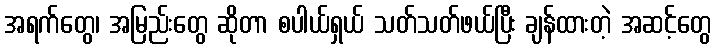
အရက်တွေ၊ အမြည်းတွေ ဆိုတာ စပါယ်ရှယ် သတ်သတ်ဖယ်ပြီး ချန်ထားတဲ့ အဆင့်တွေ